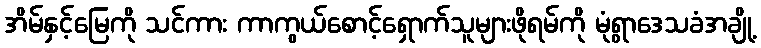
အိမ်နှင့်မြေကို သင်ကား ကာကွယ်စောင့်ရှောက်သူများဖိုရမ်ကို မုံရွာဒေသခံအချို့